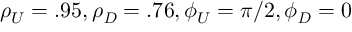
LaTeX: { \rho _ { U } } = . 9 5 , { \rho _ { \mathit { D } } } = . 7 6 , { \phi _ { U } } = \pi / 2 , { \phi _ { \mathit { D } } } = 0